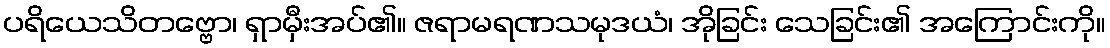
ပရိယေသိတဗ္ဗော၊ ရှာမှီးအပ်၏။ ဇရာမရဏသမုဒယံ၊ အိုခြင်း သေခြင်း၏ အကြောင်းကို။